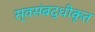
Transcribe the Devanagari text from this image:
स्वसंबद्धीकृत